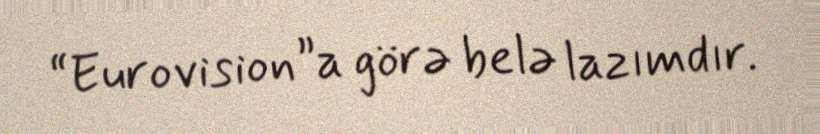
“Eurovision”a görə belə lazımdır.